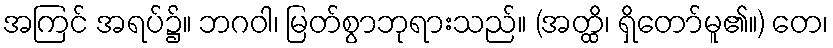
အကြင် အရပ်၌။ ဘဂဝါ၊ မြတ်စွာဘုရားသည်။ (အတ္ထိ၊ ရှိတော်မူ၏။) တေ၊